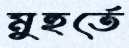
মুহুর্তে